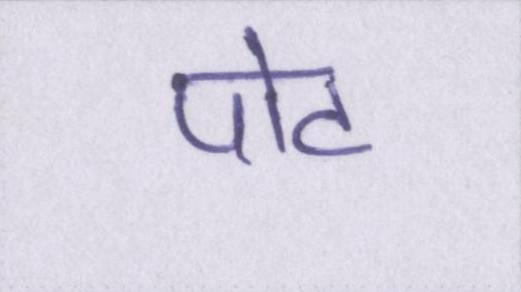
पोट